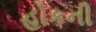
હોકની